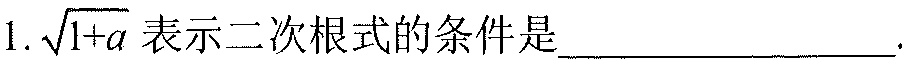
1. \(\sqrt{1 + a}\) 表示二次根式的条件是________________.